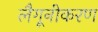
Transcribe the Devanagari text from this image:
लैगूनीकरण